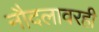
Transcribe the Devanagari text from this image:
नौदलावरही